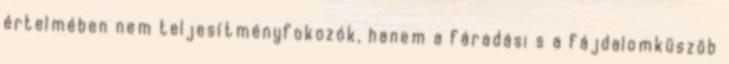
értelmében nem teljesítményfokozók, hanem a fáradási s a fájdalomküszöb